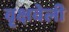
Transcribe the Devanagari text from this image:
वृक्षवेली